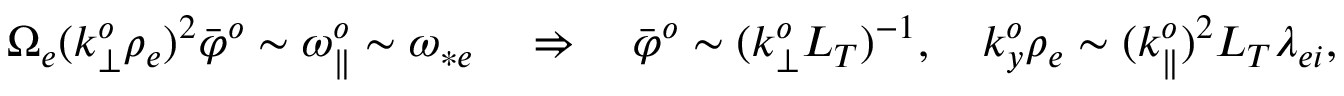
\begin{array} { r } { \Omega _ { e } ( k _ { \perp } ^ { o } \rho _ { e } ) ^ { 2 } \bar { \varphi } ^ { o } \sim \omega _ { \parallel } ^ { o } \sim \omega _ { * e } \quad \Rightarrow \quad \bar { \varphi } ^ { o } \sim ( k _ { \perp } ^ { o } L _ { T } ) ^ { - 1 } , \quad k _ { y } ^ { o } \rho _ { e } \sim ( k _ { \parallel } ^ { o } ) ^ { 2 } L _ { T } \lambda _ { e i } , } \end{array}